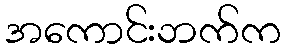
အကောင်းဘက်က